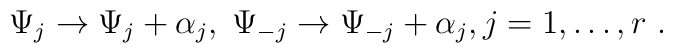
\Psi_j \rightarrow \Psi_j + \alpha_j,\; \Psi_{-j} \rightarrow \Psi_{-j} + \alpha_j, j=1, \ldots, r\ .